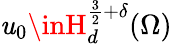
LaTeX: \mathit{u}_{0}\inH_{d}^{\frac{{3}}{{2}}+\delta}(\Omega)